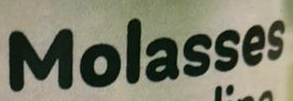
Molasses